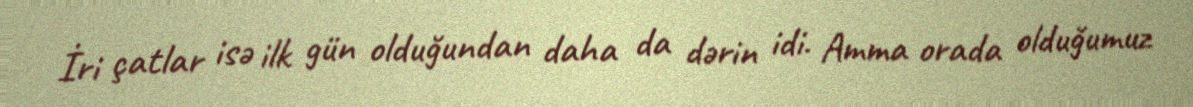
İri çatlar isə ilk gün olduğundan daha da dərin idi. Amma orada olduğumuz